Source: Handwritten
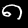
Digit: ၈ (8)